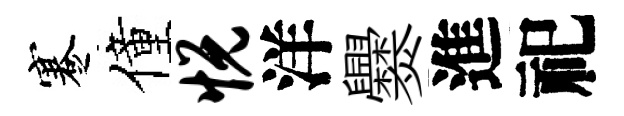
蹇僮悦洋爨進祀